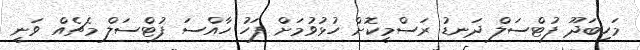
މަހިބަދޫ ފުޓްސަލް ދަނޑު ރަސްމީކޮށް ހުޅުވުމަށް ފަހު ހާއްސަ ފުޓްސަލް މެޗެއް ވަނީ